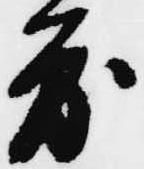
度